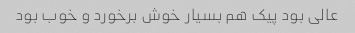
عالی بود پیک هم بسیار خوش برخورد و خوب بود